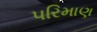
પરિમાણ